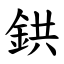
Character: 鉷